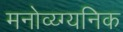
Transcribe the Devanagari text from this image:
मनोव्य्ग्यनिक